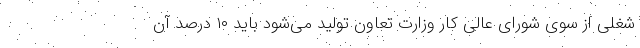
شغلی از سوی شورای عالی کار وزارت تعاون تولید می‌شود باید ۱۰ درصد آن